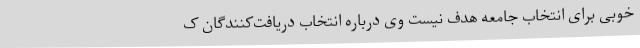
خوبی برای انتخاب جامعه هدف نیست وی درباره انتخاب دریافت‌کنندگان ک